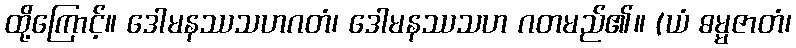
ထို့ကြောင့်။ ဒေါမနဿသဟဂတံ၊ ဒေါမနဿသဟ ဂတမည်၏။ (ယံ ဓမ္မဇာတံ၊